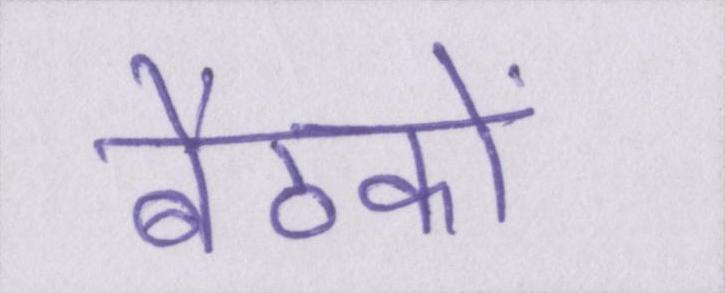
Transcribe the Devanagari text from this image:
बैठकों